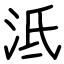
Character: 泜